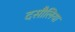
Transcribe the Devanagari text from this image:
दसौलिया